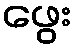
ဖွေး